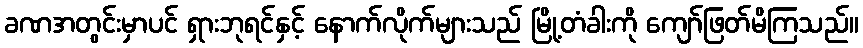
ခဏအတွင်းမှာပင် ရှားဘုရင်နှင့် နောက်လိုက်များသည် မြို့တံခါးကို ကျော်ဖြတ်မိကြသည်။